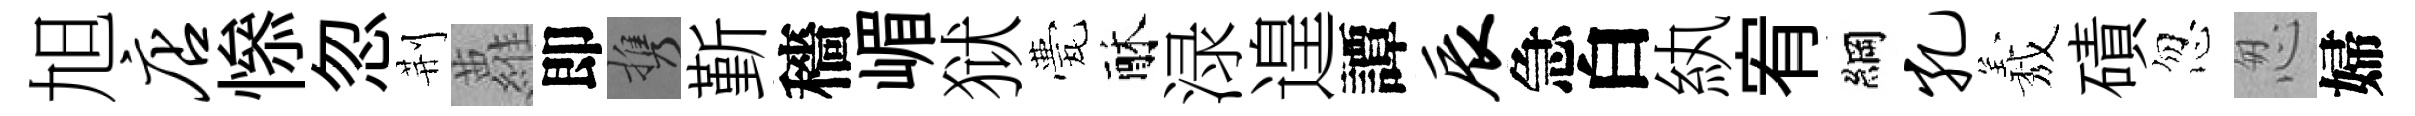
旭店𢡖忽荆蘿即携斳穡嵋狱甍酥渌遑譚辰急白紈宥綱孔𦏁磧忽怱婦